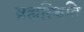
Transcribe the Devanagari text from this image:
व्रह्मस्थिति